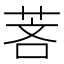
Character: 𬜵